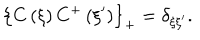
\left\{ C \left( \xi \right) C ^ { + } \left( \xi ^ { \prime } \right) \right\} _ { + } = \delta _ { \xi \xi ^ { \prime } } .